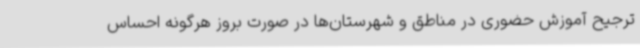
ترجیح آموزش حضوری در مناطق و شهرستان‌ها در صورت بروز هرگونه احساس